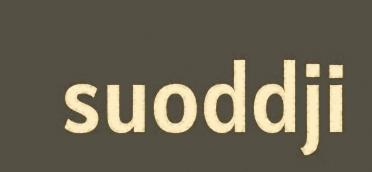
suoddji